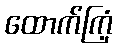
ထောက်ကြံ့